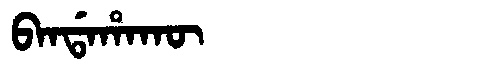
Manchu: ᠪᠠᠨᡩᠠᡥᠠᡴᡡ
Romanization: BANDAHAKŪ